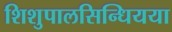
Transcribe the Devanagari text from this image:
शिशुपालसिन्धियया